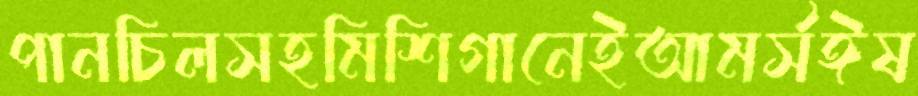
পানচিলসহমিশিগানেইআমর্সঈষ